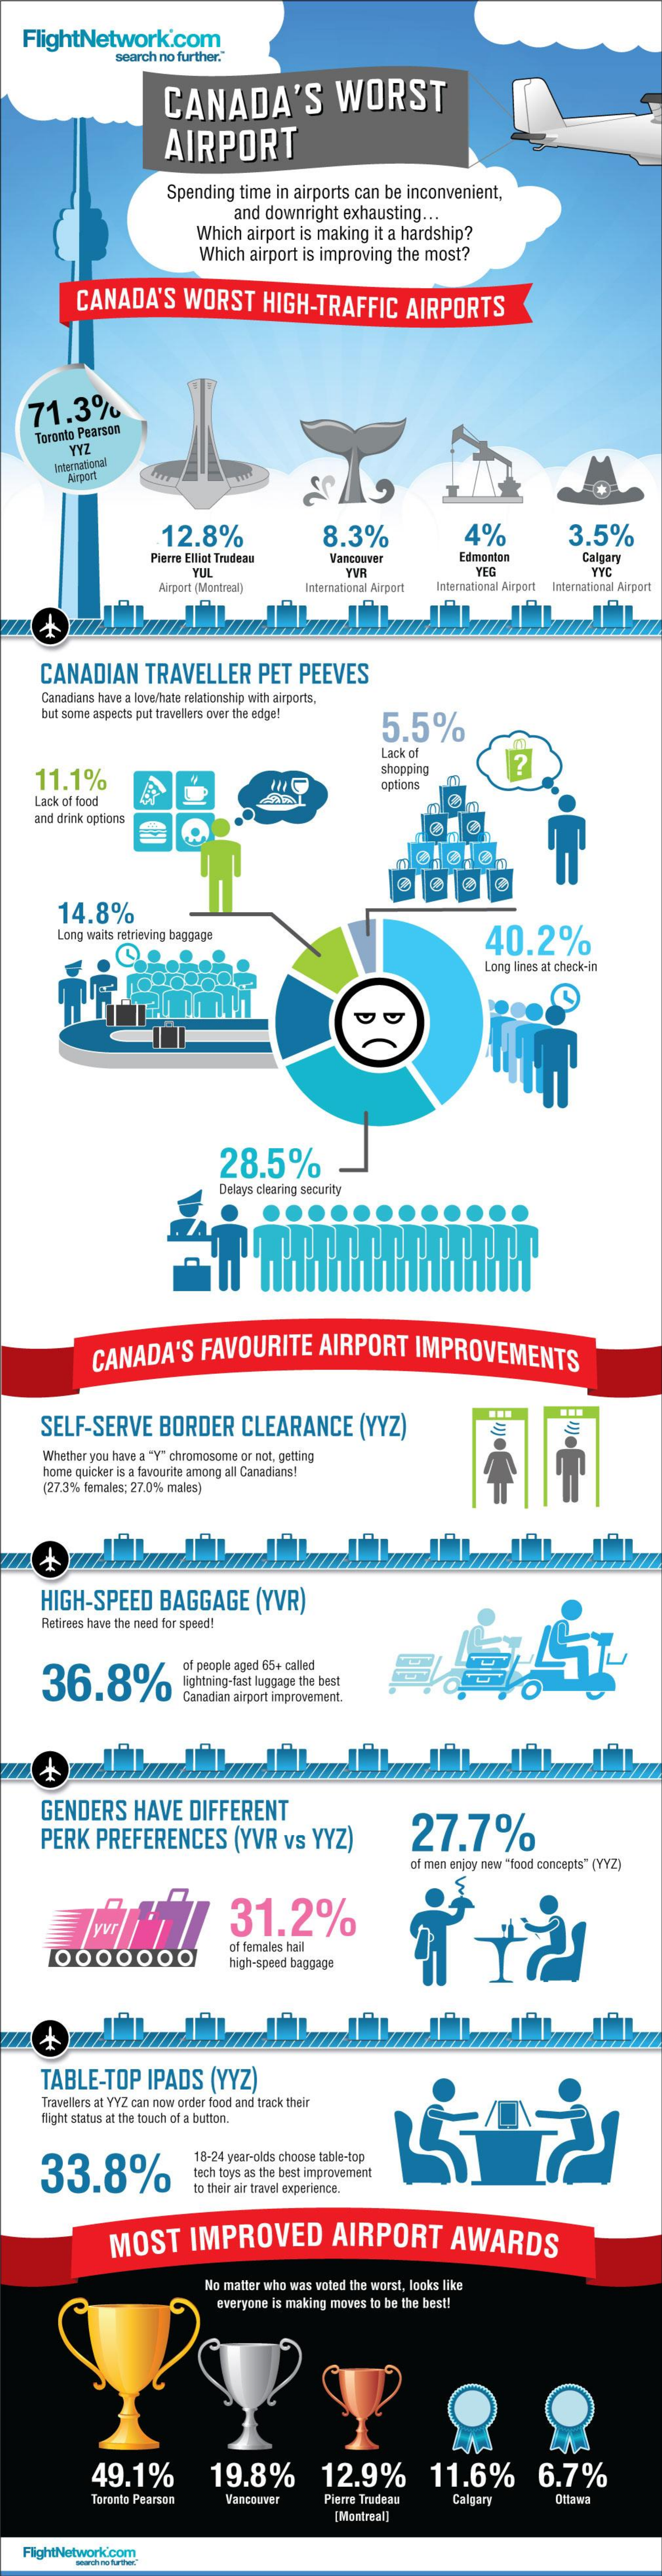
FlightNetwork.com
     search no further."
     CANADA'S    WORST
     AIRPORT
     Spending  time  in airports can  be inconvenient,
     and  downright   exhausting   ...
     Which  airport  is making  it a hardship?
     Which   airport is improving   the most?
     CANADA'S    WORST    HIGH-TRAFFIC    AIRPORTS
    71.3%
     Toronto Pearson
     YYZ
     International
     Wirport
     12.8%    8.3%    4%    3.5%
     Pierre Elliot Trudeau    Vancouver    Edmonton    Calgary
     YUL    YVR    YEG    YYC
     Airport (Montreal)    International Airport International Airport International Airport
     CANADIAN    TRAVELLER    PET   PEEVES
     Canadians have a love/hate relationship with airports,
     but some aspects put travellers over the edge!
     5.5%
     Lack of
     11.1%
     shopping    ?
     options
     Lack of food
     and drink options
     14.8%
     Long waits retrieving baggage    40.2%
     Long lines at check-in
     28.5%
     Delays clearing security
     CANADA'S    FAVOURITE    AIRPORT    IMPROVEMENTS
     SELF-SERVE    BORDER    CLEARANCE    (YYZ)
     Whether you have a "Y" chromosome or not, getting
     home quicker is a favourite among all Canadians!
     (27.3% females; 27.0% malas]
     +
     HIGH-SPEED    BAGGAGE    (YVR)
     Retirees have the need for speed!
     36.8%
     of people aged 65+ called
     lightning-fast luggage the best
     Canadian airport improvement.
     GENDERS    HAVE    DIFFERENT
     PERK    PREFERENCES    (YVR    vs  YYZ)    27.7%
     of men enjoy new "food concepts" (YYZ)
     S
     31.2%
     of females hail
     high-speed baggage
     TABLE-TOP    IPADS    (YYZ)
     Travellers at YYZ can now order food and track their
     flight status at the touch of a button.
     33.8%
     18-24 year-olds choose table-top
     tech toys as the best improvement
     to their air travel experience.
     MOST    IMPROVED    AIRPORT    AWARDS
     No matter who was voted the worst, looks like
     everyone is making moves to be the best!
     49.1%    19.8%    12.9%    11.6%    6.7%
     Toronto Pearson    Vancouver    Pierre Trudeau    Calgary    Ottawa
     [Montreal]
    FlightNetwork.com